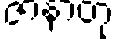
ဇာနာတု